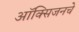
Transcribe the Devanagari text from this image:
ऑक्‍सिजनचे